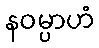
နဝမ္ပာဟံ